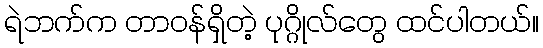
ရဲဘက်က တာဝန်ရှိတဲ့ ပုဂ္ဂိုလ်တွေ ထင်ပါတယ်။